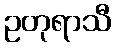
ဥတုရာသီ